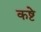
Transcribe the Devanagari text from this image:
कष्टे